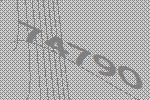
74790